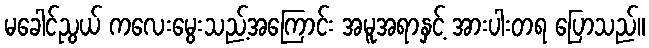
မခေါင်ညွယ် ကလေးမွေးသည့်အကြောင်း အမူအရာနှင့် အားပါးတရ ပြောသည်။